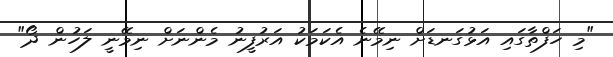
"މި ހަފްތާގައި އަޅުގަނޑަށް ނިމޭނެ އެކަމަކު އަރުފީނު މެންނަށް ނިމޭނީ ލަހުން ދޯ"